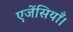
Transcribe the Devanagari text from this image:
एजेंसियाँ।